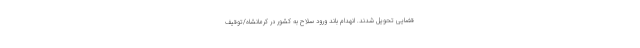
قضایی تحویل شدند. انهدام باند ورود سلاح به کشور در کرمانشاه/توقیف